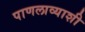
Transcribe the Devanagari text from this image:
पाणलाव्याशी